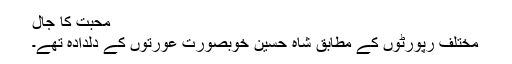
محبت کا جال
مختلف رپورٹوں کے مطابق شاہ حسین خوبصورت عورتوں کے دلدادہ تھے۔